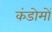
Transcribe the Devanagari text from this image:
कंडोमों